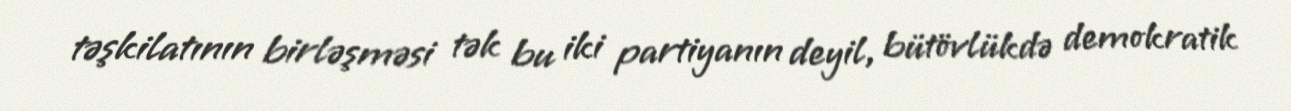
təşkilatının birləşməsi tək bu iki partiyanın deyil, bütövlükdə demokratik